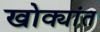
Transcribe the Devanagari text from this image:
खोक्यांत